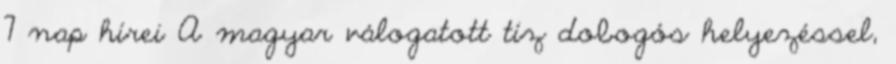
7 nap hírei A magyar válogatott tíz dobogós helyezéssel,